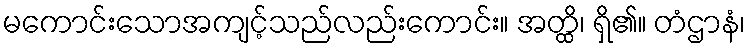
မကောင်းသောအကျင့်သည်လည်းကောင်း။ အတ္ထိ၊ ရှိ၏။ တံဌာနံ၊